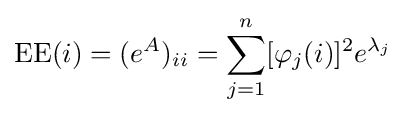
\operatorname {EE} (i)=(e^{A})_{ii}=\sum _{j=1}^{n}[\varphi _{j}(i)]^{2}e^{\lambda _{j}}